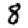
Digit: 8